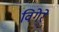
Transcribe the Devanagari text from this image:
विगेरे